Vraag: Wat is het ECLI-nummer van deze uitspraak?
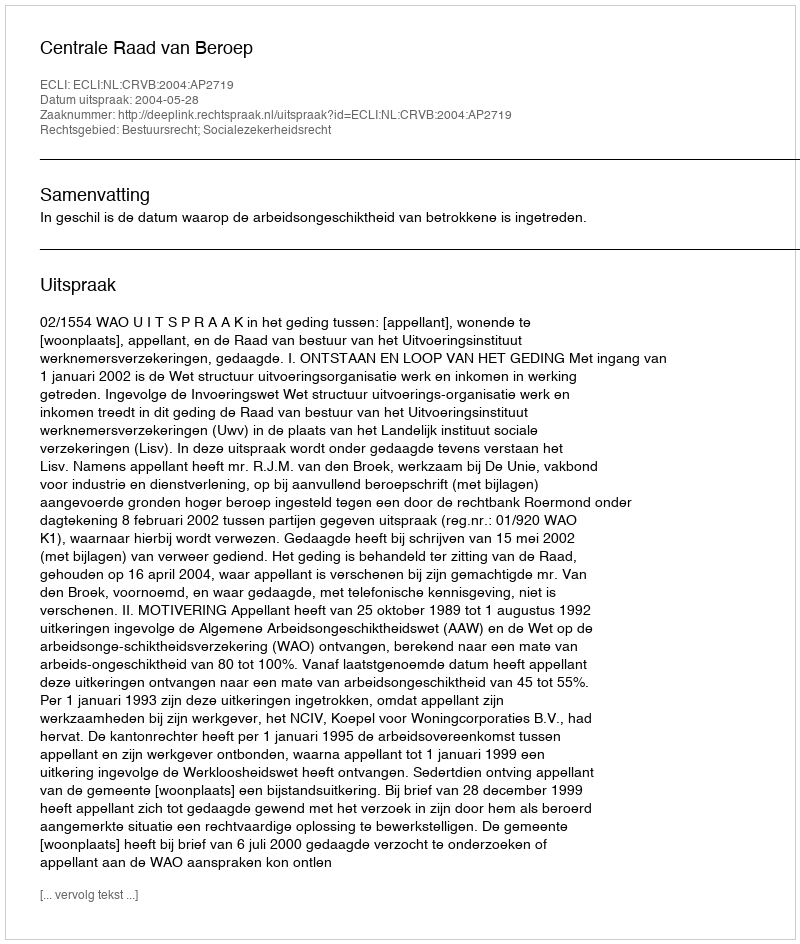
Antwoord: ECLI:NL:CRVB:2004:AP2719